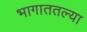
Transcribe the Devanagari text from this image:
भागाततल्या